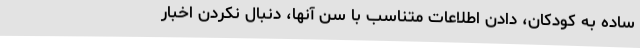
ساده به کودکان، دادن اطلاعات متناسب با سن آنها، دنبال نکردن اخبار